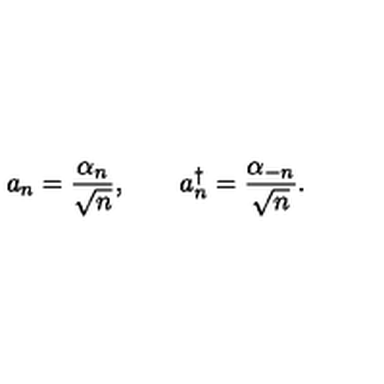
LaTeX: a _ { n } = \frac { \alpha _ { n } } { \sqrt { n } } , \qquad a _ { n } ^ { \dag } = \frac { \alpha _ { - n } } { \sqrt { n } } .